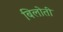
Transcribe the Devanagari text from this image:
बिलोती